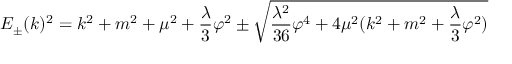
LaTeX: E _ { \pm } ( k ) ^ { 2 } = k ^ { 2 } + m ^ { 2 } + \mu ^ { 2 } + \frac { \lambda } { 3 } \varphi ^ { 2 } \pm \sqrt { \frac { \lambda ^ { 2 } } { 3 6 } \varphi ^ { 4 } + 4 \mu ^ { 2 } ( k ^ { 2 } + m ^ { 2 } + \frac { \lambda } { 3 } \varphi ^ { 2 } ) }